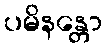
ပမိနန္တော